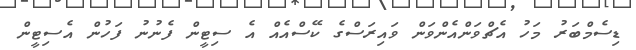
ޑިސެމްބަރު މަހު އެޗްވަންއެންވަން ވައިރަސްގެ ކޭސްއެއް އެ ސިޓީން ފެނުނު ފަހުން އެސިޓީން